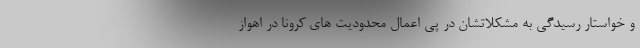
و خواستار رسیدگی به مشکلاتشان در پی اعمال محدودیت های کرونا در اهواز